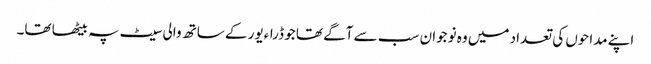
اپنے مداحوں کی تعداد میں وہ نوجوان سب سے آگے تھا جو ڈراءیور کے ساتھ والی سیٹ پہ بیٹھا تھا۔